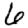
Digit: 6